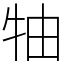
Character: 牰